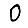
Digit: 0